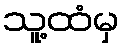
သူ့ထံမှ